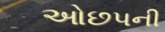
ઓછપની